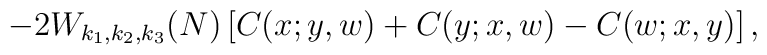
-2 W_{k_1,k_2,k_3}(N) \left[ C(x;y,w) + C(y;x,w) - C(w;x,y) \right] ,